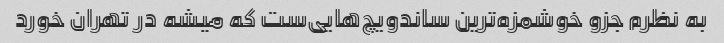
به نظرم جزو خوشمزه‌ترین ساندویچ‌هایی‌ست که میشه در تهران خورد